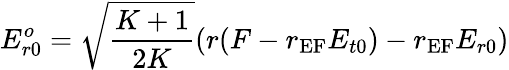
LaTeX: E_{r0}^{o}=\sqrt{\frac{K+1}{2K}}(r(F-r_{\textrm{EF}}E_{t0})-r_{\textrm{EF}}E_{r0})